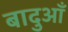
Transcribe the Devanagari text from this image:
बादुआँ